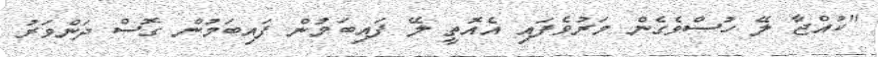
"ކުއްޖާ ލޭ ހުސްވެގެން މަރުވެފައި އެއޮތީ ލޭ ފައިބަމުން ފައިބަމުން ގޮސް ދަންވަރު